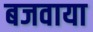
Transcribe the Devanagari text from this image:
बजवाया